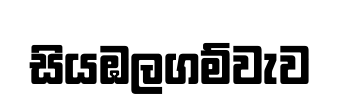
සියඹලගම්වැව